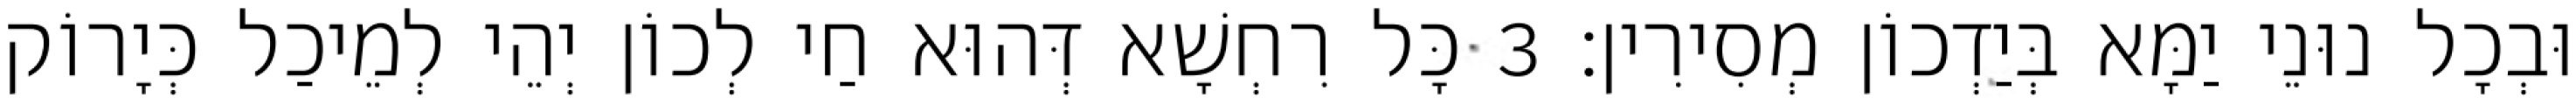
וּבְכָל נוּנֵי יַמָּא בְּיַדְכוֹן מְסִירִין׃ 3 כָּל רִחְשָׁא דְּהוּא חַי לְכוֹן יְהֵי לְמֵיכַל כְּיָרוֹק